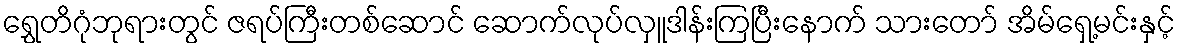
ရွှေတိဂုံဘုရားတွင် ဇရပ်ကြီးတစ်ဆောင် ဆောက်လုပ်လှူဒါန်းကြပြီးနောက် သားတော် အိမ်ရှေ့မင်းနှင့်